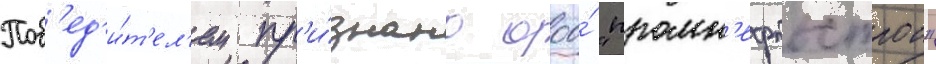
Поб'ед'и́т'ел'ем пр'и́знано ооо́ "промн'ефтьстрои"